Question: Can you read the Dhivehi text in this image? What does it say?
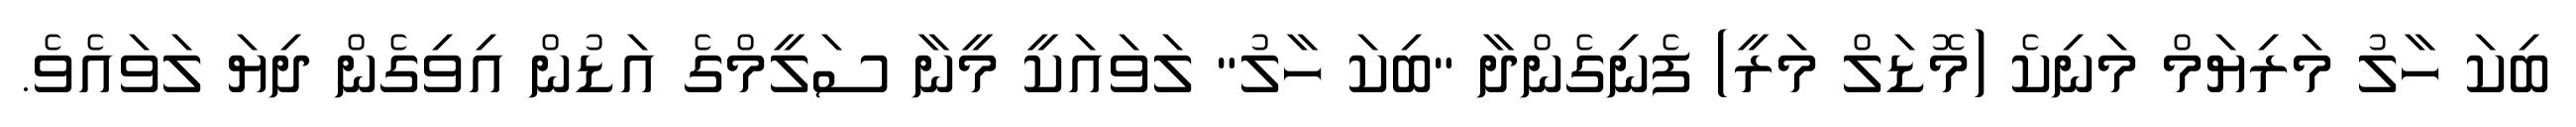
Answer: ބިކަ ހާލު މަރިޔަމް މަނިކެ (މޮޑަލް މަރީ) ފެނިގެންދާ "ބިކަ ހާލު" ލަވައަކީ މީނާ ސަލީމްގެ އަޑުން އިވިގެން ދިޔަ ލަވައެވެ.